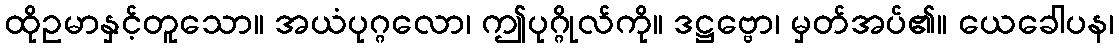
ထိုဥမာနှင့်တူသော။ အယံပုဂ္ဂလော၊ ဤပုဂ္ဂိုလ်ကို။ ဒဋ္ဌဗ္ဗော၊ မှတ်အပ်၏။ ယေခေါပန၊